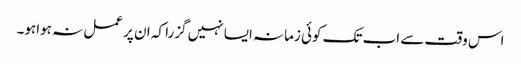
اس وقت سے اب تک کوئی زمانہ ایسا نہیں گزرا کہ ان پر عمل نہ ہواہو۔